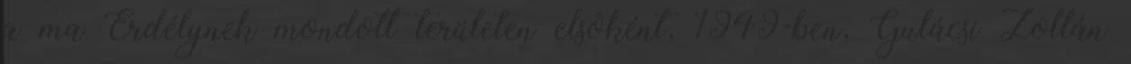
a ma Erdélynek mondott területen elsõként, 1949-ben, Gulácsi Zoltán